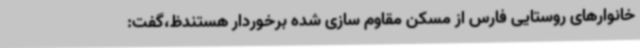
خانوارهای روستایی فارس از مسکن مقاوم سازی شده برخوردار هستندظ،گفت: